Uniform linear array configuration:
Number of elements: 12
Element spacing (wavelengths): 1
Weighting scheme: exponential
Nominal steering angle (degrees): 15
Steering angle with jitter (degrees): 16.227
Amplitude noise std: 0.05
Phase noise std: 0.05

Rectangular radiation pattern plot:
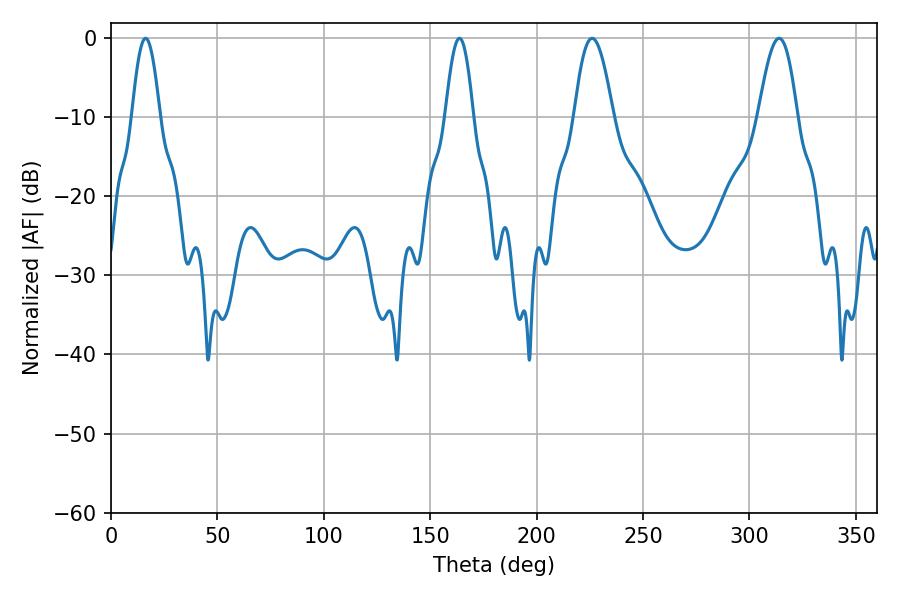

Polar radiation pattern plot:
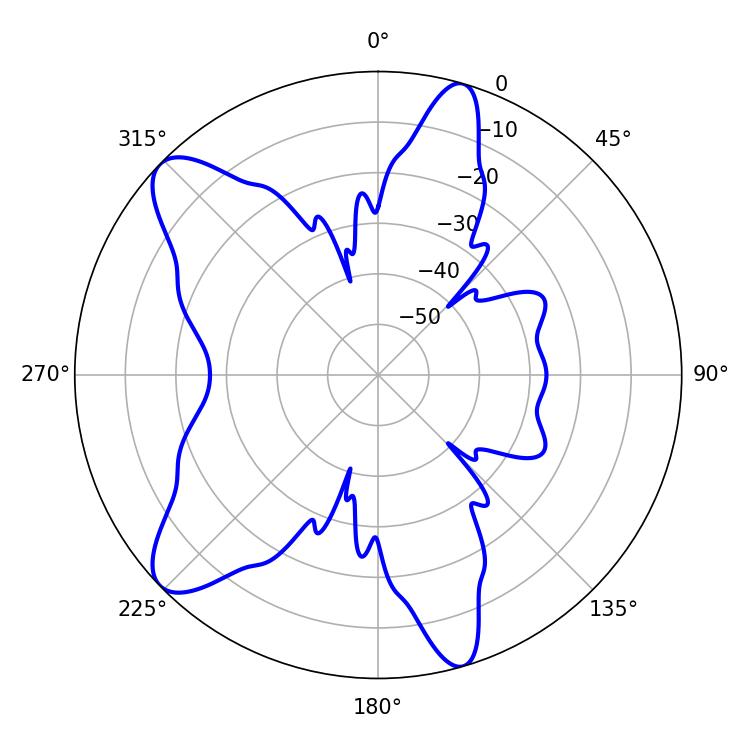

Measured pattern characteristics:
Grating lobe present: TRUE
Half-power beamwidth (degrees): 9.9
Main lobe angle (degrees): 226.08